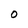
Character: O